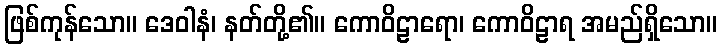
ဖြစ်ကုန်သော။ ဒေဝါနံ၊ နတ်တို့၏။ ကောဝိဠာရော၊ ကောဝိဠာရ အမည်ရှိသော။